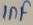
Text: 1nF